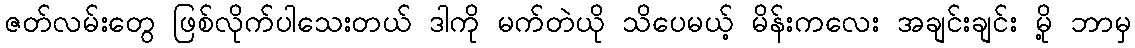
ဇတ်လမ်းတွေ ဖြစ်လိုက်ပါသေးတယ် ဒါကို မက်တဲယို သိပေမယ့် မိန်းကလေး အချင်းချင်း မို့ ဘာမှ